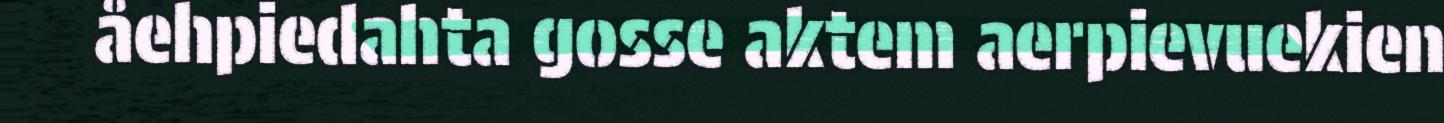
åehpiedahta gosse aktem aerpievuekien